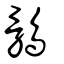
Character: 鶻